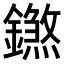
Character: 𨭝